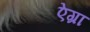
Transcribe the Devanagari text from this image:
ऐग्रा